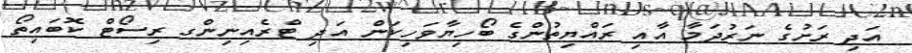
އަދި ރަށުގެ ނަރުދަމާ އާއި ރައްޔިތުންގެ ބޯހިޔާވަހިކަން އަދި ޓްރެއިނިންގ ރިސޯޓް ކޮބައިތޯ